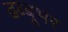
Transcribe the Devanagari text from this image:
ढब्बूभर